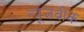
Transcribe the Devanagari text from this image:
न्‍यूजवीक